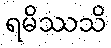
ရမိဿသိ